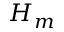
H _ { m }